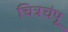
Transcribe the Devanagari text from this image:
चित्रचंपू